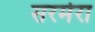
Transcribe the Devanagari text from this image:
सरमेरा